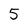
Character: 5